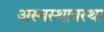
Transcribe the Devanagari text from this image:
अस्वस्थावस्था